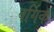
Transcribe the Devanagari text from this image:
वर्गिक